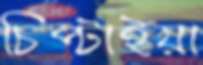
চিপ্‌টাইয়া